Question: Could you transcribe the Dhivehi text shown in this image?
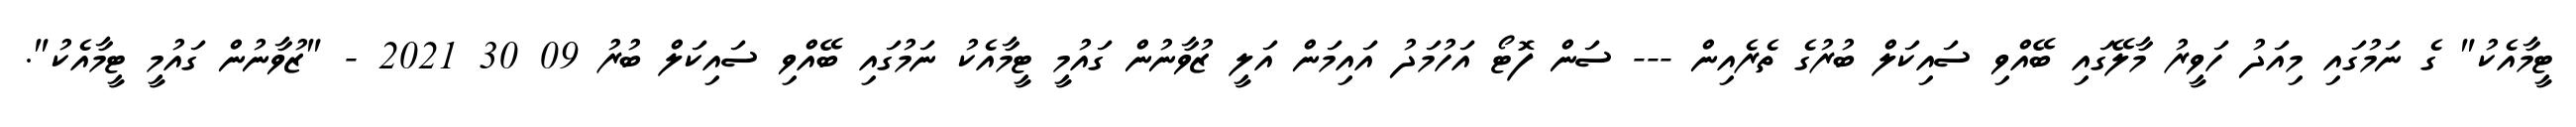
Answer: ޓީމާއެކު" ގެ ނަމުގައި މިއަދު ހަވީރު މާލޭގައި ބޭއްވި ސައިކަލް ބުރުގެ ތެރެއިން --- ސަން ފޮޓޯ އަހުމަދު އައިމަން އަލީ ޒުވާނުން ގައުމީ ޓީމާއެކު ނަމުގައި ބޭއްވި ސައިކަލް ބުރު 09 30 2021 - "ޒުވާނުން ގައުމީ ޓީމާއެކު".